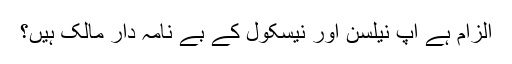
الزام ہے آپ نیلسن اور نیسکول کے بے نامہ دار مالک ہیں؟